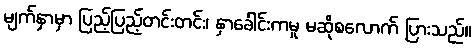
မျက်နှာမှာ ပြည့်ပြည့်တင်းတင်း၊ နှာခေါင်းကမူ မဆိုစလောက် ပြားသည်။